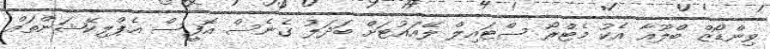
ވިންޑޯޒް ބްލޫއާ އެކު މެޓްރޯ ސްޓައިލް ލޭއައުޓަށް ބަދަލު ގެނެސް އޮފީސް އެޕްލިކޭޝަންތައް